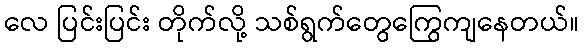
လေ ပြင်းပြင်း တိုက်လို့ သစ်ရွက်တွေကြွေကျနေတယ်။